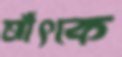
আঁৎকে